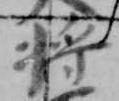
将